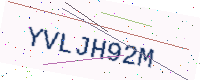
Text: YVLJH92M